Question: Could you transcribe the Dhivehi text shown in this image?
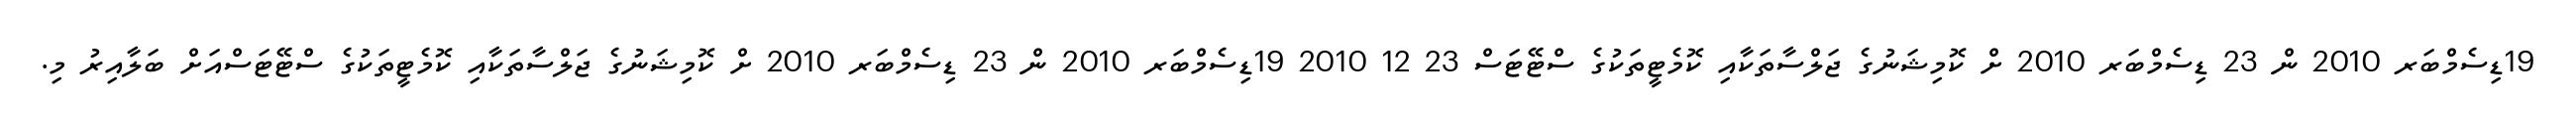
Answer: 19ޑިސެމްބަރ 2010 ން 23 ޑިސެމްބަރ 2010 ށް ކޮމިޝަނުގެ ޖަލްސާތަކާއި ކޮމެޓީތަކުގެ ސްޓޭޓަސް 23 12 2010 19ޑިސެމްބަރ 2010 ން 23 ޑިސެމްބަރ 2010 ށް ކޮމިޝަނުގެ ޖަލްސާތަކާއި ކޮމެޓީތަކުގެ ސްޓޭޓަސްއަށް ބަލާއިރު މި.